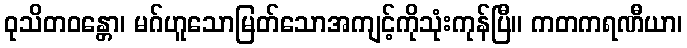
ဝုသိတဝန္တော၊ မဂ်ဟူသောမြတ်သောအကျင့်ကိုသုံးကုန်ပြီ။ ကတကရဏီယာ၊